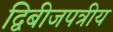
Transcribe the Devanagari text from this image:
द्विबीजपत्रीय